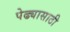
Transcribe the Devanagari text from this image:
पेढ्यासाठी